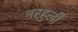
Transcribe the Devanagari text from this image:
नरहुली